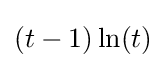
(t-1)\ln(t)